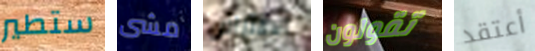
ستطير مشى الافتراض تقولون أعتقد